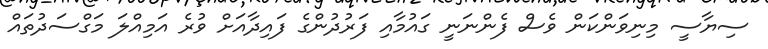
ސިޔާސީ މިނިވަންކަން ވެސް ފެންނަނީ ގައުމާއި ފަރުދުންގެ ފައިދާއަށް ވުރެ އަމިއްލަ މަގްސަދުތައް